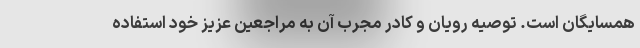
همسایگان است. توصیه رویان و کادر مجرب آن به مراجعین عزیز خود استفاده